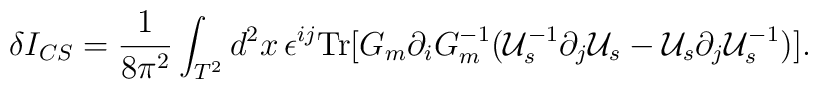
\delta I_{CS}=\frac {1}{8\pi^2}\int_{T^2}d^2x\,\epsilon^{ij}{\rm Tr}[G_m\partial_{i}G_m^{-1}({\cal U}^{-1}_s\partial_j {\cal U}_{s}-{\cal U}_{s}\partial_j{\cal U}_s^{-1})].